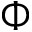
\Phi